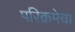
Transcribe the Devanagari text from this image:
परिक्रमेचा